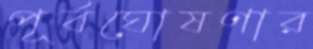
পূর্বঘোষণার